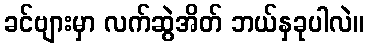
ခင်ဗျားမှာ လက်ဆွဲအိတ် ဘယ်နှခုပါလဲ။